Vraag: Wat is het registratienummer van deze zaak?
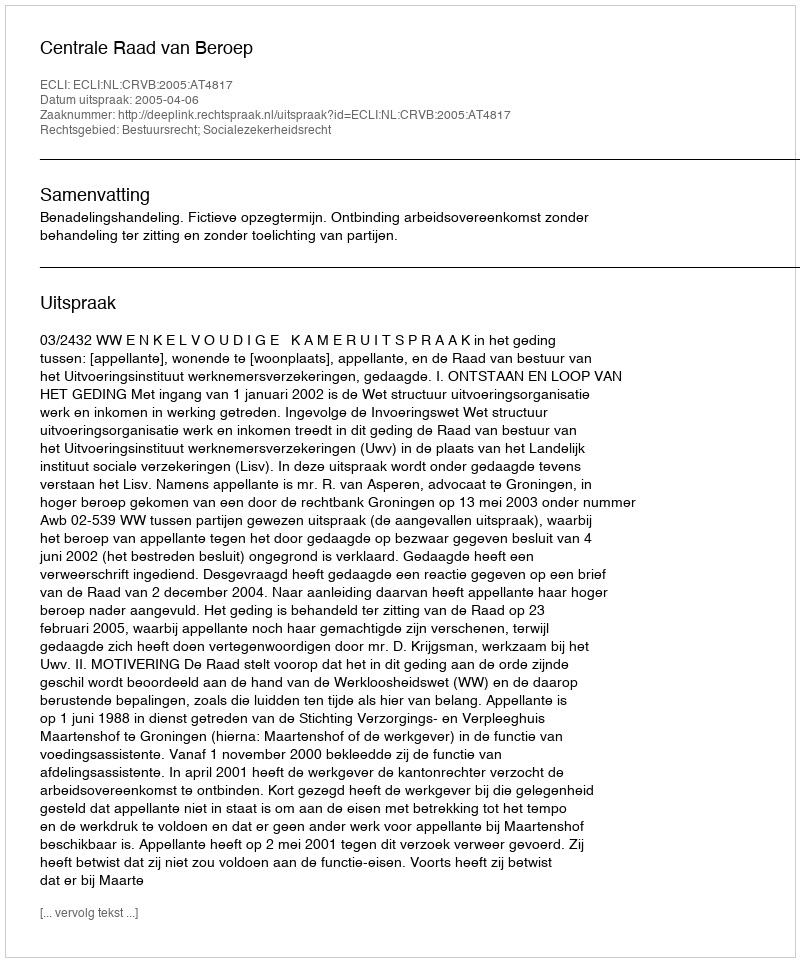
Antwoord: http://deeplink.rechtspraak.nl/uitspraak?id=ECLI:NL:CRVB:2005:AT4817